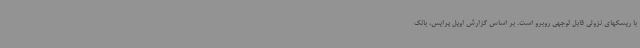
با ریسکهای نزولی قابل توجهی روبرو است. بر اساس گزارش اویل پرایس، بانک